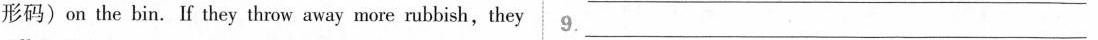
形码)on the bin. If they throw away more rubbish,they 9.___